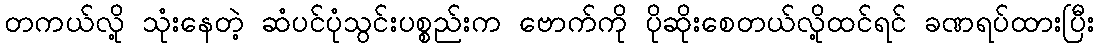
တကယ်လို့ သုံးနေတဲ့ ဆံပင်ပုံသွင်းပစ္စည်းက ဗောက်ကို ပိုဆိုးစေတယ်လို့ထင်ရင် ခဏရပ်ထားပြီး